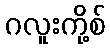
ဂလူးကို့စ်